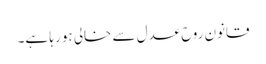
قانون روحِ عدل سے خالی ہو رہا ہے۔